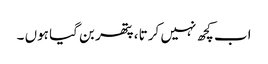
اب کچھ نہیں کرتا ، پتھر بن گیا ہوں ۔